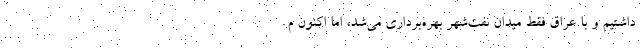
داشتیم و با عراق فقط میدان نفت‌شهر بهره‌برداری می‌شد، اما اکنون م